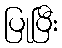
ပြုပြီး